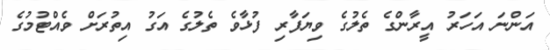
އަންނަ އަހަރު އީރާންގެ ތެލުގެ ވިޔަފާރި ފުޅާވެ ތެލުގެ އަގު އިތުރަށް ވެއްޓުމުގެ